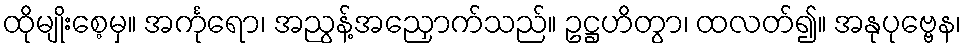
ထိုမျိုးစေ့မှ။ အင်္ကုရော၊ အညွန့်အညှောက်သည်။ ဥဋ္ဌဟိတွာ၊ ထလတ်၍။ အနုပုဗ္ဗေန၊